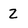
Character: 2